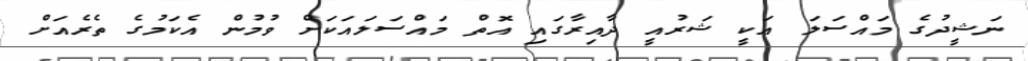
ނަޝީދުގެ މައްސަލަ އަކީ ޝަރުއީ ދާއިރާގައި އޮތް މައްސަލައަކަށް ވުމުން އެކަމުގެ ތެރެއަށް